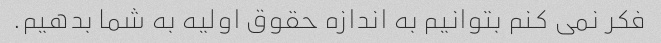
فکر نمی کنم بتوانیم به اندازه حقوق اولیه به شما بدهیم.